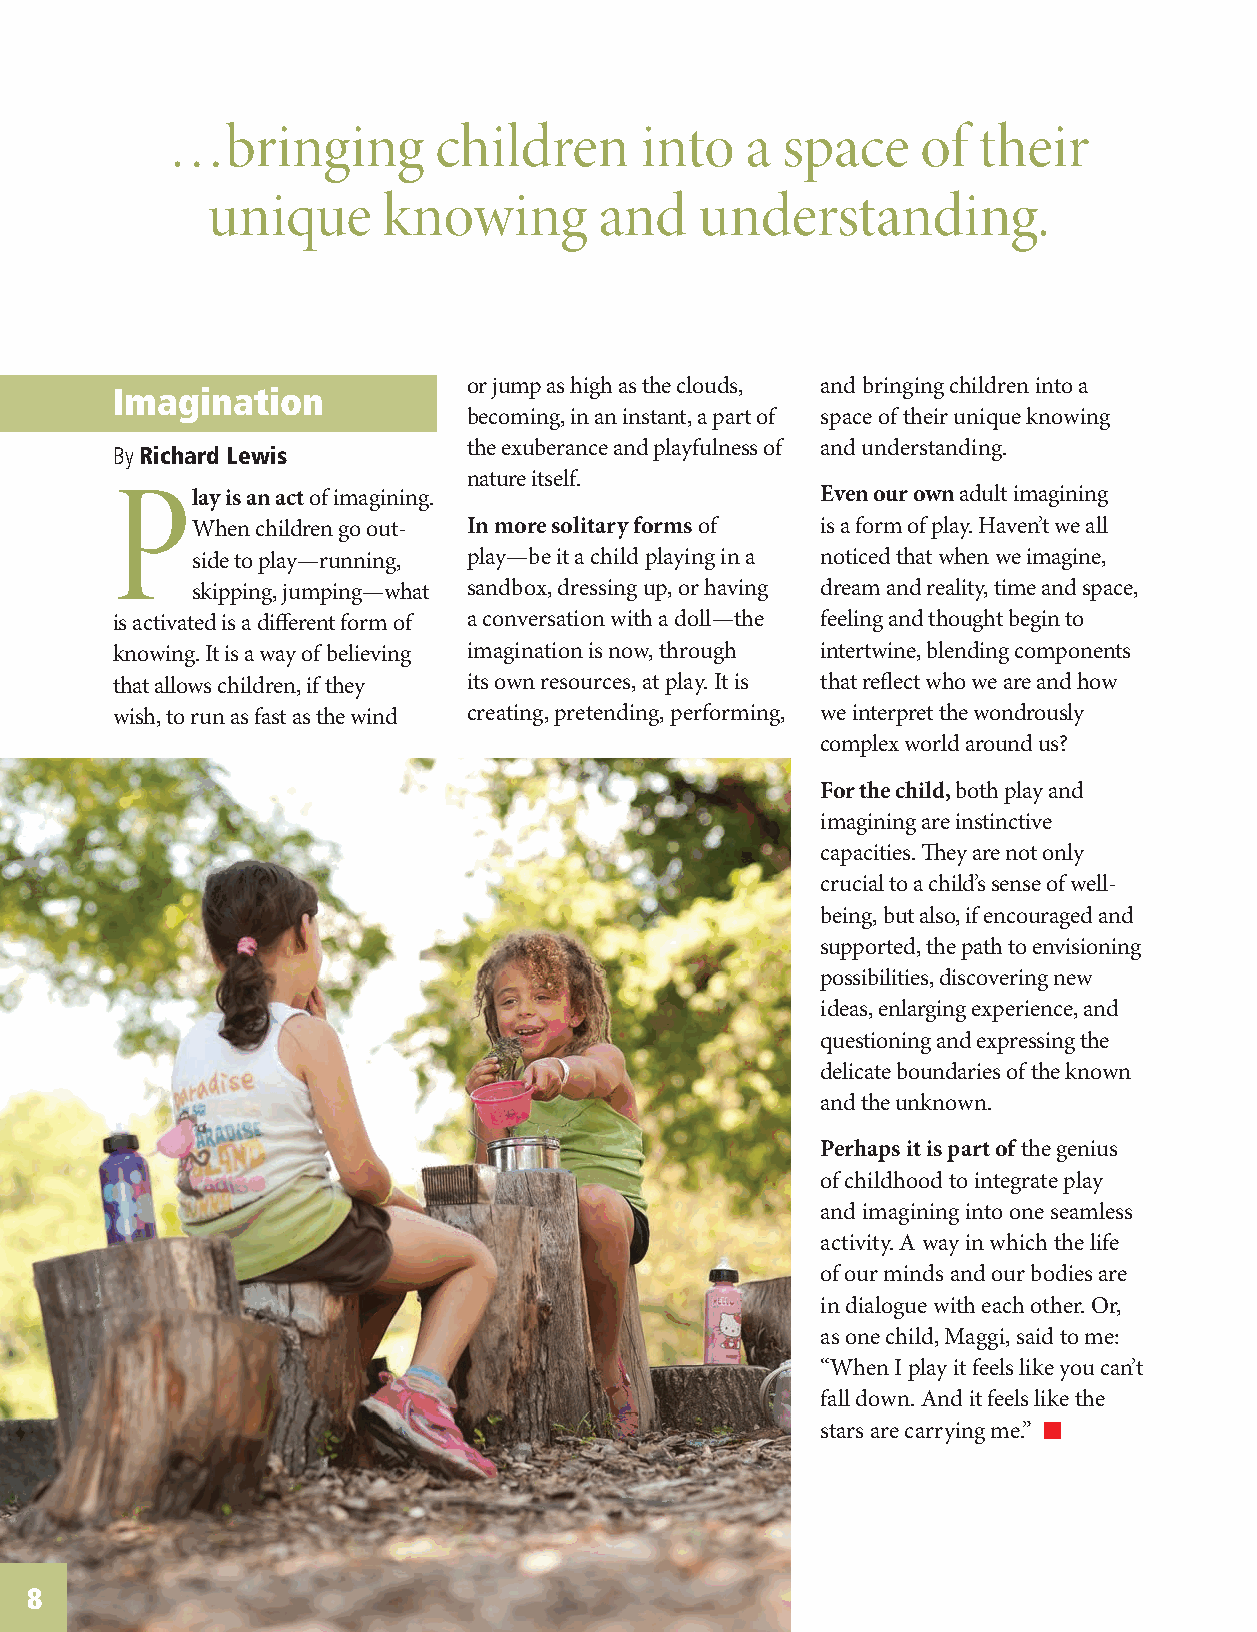
…bringing         children     into   a  space    of  their
 unique     knowing        and   understanding.
 or jump as high as the clouds, and bringing children into a
 Imagination
 becoming, in an instant, a part of space of their unique knowing
 By Richard Lewis        the exuberance and playfulness of and understanding.
 nature itself.
 Play    is an act of imagining.                Even our own adult imagining
 When children go out- In more solitary forms of is a form of play. Haven’t we all
 side to play—running, play—be it a child playing in a noticed that when we imagine,
 skipping, jumping—what sandbox, dressing up, or having dream and reality, time and space,
 is activated is a different form of a conversation with a doll—the feeling and thought begin to
 knowing. It is a way of believing imagination is now, through intertwine, blending components
 that allows children, if they its own resources, at play. It is that reflect who we are and how
 wish, to run as fast as the wind creating, pretending, performing, we interpret the wondrously
 complex world around us?
 For the child, both play and
 imagining are instinctive
 capacities. They are not only
 crucial to a child’s sense of well-
 being, but also, if encouraged and
 supported, the path to envisioning
 possibilities, discovering new
 ideas, enlarging experience, and
 questioning and expressing the
 delicate boundaries of the known
 and the unknown.
 Perhaps it is part of the genius
 of childhood to integrate play
 and imagining into one seamless
 activity. A way in which the life
 of our minds and our bodies are
 in dialogue with each other. Or,
 as one child, Maggi, said to me:
 “When I play it feels like you can’t
 fall down. And it feels like the
 stars are carrying me.”
 8